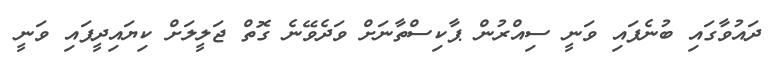
ދައުވާގައި ބުނެފައި ވަނީ ސިއްރުން ޕާކިސްތާނަށް ވަދެވޭނެ ގޮތް ޖަލީލަށް ކިޔައިދީފައި ވަނީ